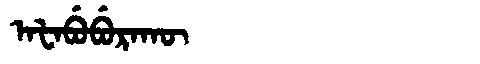
Manchu: ᠠᡶᠠᠪᡠᠪᡠᡵᠠᡴᡡ
Romanization: AFABUBURAKŪ